Plague in India, 1896, 1897 - Volume 2
Year: 1896
Disease focus: Plague
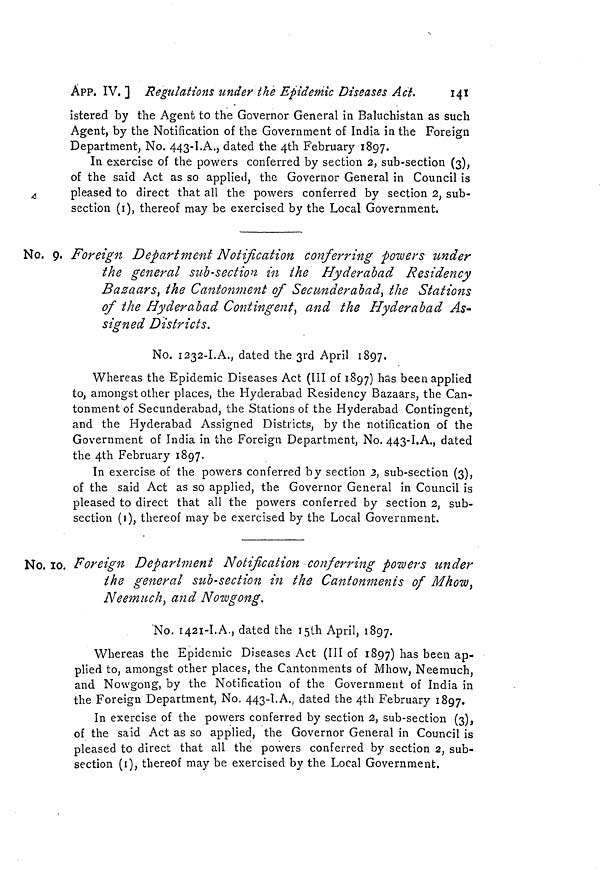
APP. IV. ] Regulations under the Epidemic Diseases Act.
141
istered by the Agent to the Governor General in Baluchistan as such
Agent, by the Notification of the Government of India in the Foreign
Department, No. 443-I.A., dated the 4th February 1897.
In exercise of the powers conferred by section 2, sub-section (3),
of the said Act as so applied, the Governor General in Council is
pleased to direct that all the powers conferred by section 2, sub-
section (i), thereof may be exercised by the Local Government.
No. 9. Foreign Department Notification conferring powers under
the general suit-section in the Hyderabad Residency
Bazaars, the Cantonment of Sec under abad, the Stations
of the Hyderabad Contingent, and the Hyderabad As-
signed Districts.
No. 1232-I.A., dated the 3rd April 1897.
Whereas the Epidemic Diseases Act (III of 1897) has been applied
to, amongst other places, the Hyderabad Residency Bazaars, the Can-
tonment of Secunderabad, the Stations of the Hyderabad Contingent,
and the Hyderabad Assigned Districts, by the notification of the
Government of India in the Foreign Department, No. 443-I.A., dated
the 4th February 1897.
In exercise of the powers conferred by section 2, sub-section (3),
of the said Act as so applied, the Governor General in Council is
pleased to direct that all the powers conferred by section 2, sub-
section (i), thereof may be exercised by the Local Government.
No. lo. Foreign Department Notification conferring powers under
the general sub-section in the Cantonments of Mhow,
Neemuch, and Nowgong.
"No. 1421-I.A., dated the I5th April, 1897.
Whereas the Epidemic Diseases Act (III of 1897) has been ap-
plied to, amongst other places, the Cantonments of Mhow, Neemuch,
and Nowgong, by the Notification of the Government of India in
the Foreign Department, No. 443-I. A., dated the 4th February 1897.
In exercise of the powers conferred by section 2, sub-section (3),
of the said Act as so applied, the Governor General in Council is
pleased to direct that all the powers conferred by section 2, sub-
section (i), thereof may be exercised by the Local Government.